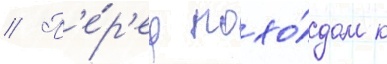
// П'е́р'ед похо́дом к